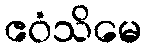
ဧဝံသိမေ